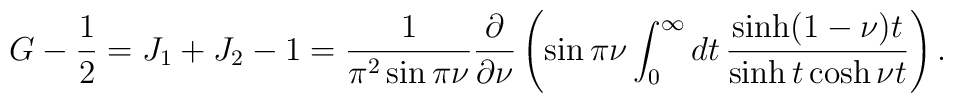
G-{1\over2}=J_1+J_2-1=\frac{1}{\pi^2\sin\pi\nu}\frac{\partial}{\partial\nu}\left(\sin\pi\nu\int_0^\infty dt\, \frac{\sinh(1-\nu)t}{\sinh t\cosh\nu t}\right).